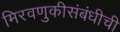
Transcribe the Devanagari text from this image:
मिरवणुकीसंबंधीची